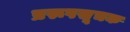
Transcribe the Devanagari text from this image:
प्ररूपसूचक